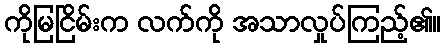
ကိုမြငြိမ်းက လက်ကို အသာလှုပ်ကြည့်၏။